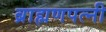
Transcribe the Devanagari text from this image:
ब्राह्मणपत्नी